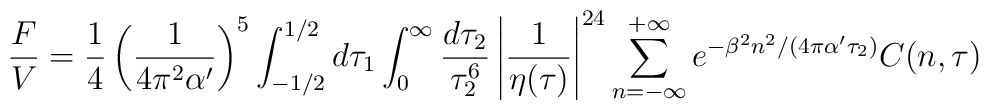
\frac{F}{V}=\frac{1}{4}\left(\frac{1}{4\pi^2\alpha'}\right)^5\int^{1/2}_{-1/2} d\tau_1\int_0^\infty\frac{d\tau_2}{\tau^6_2}\left|\frac{1}{\eta(\tau)}\right|^{24}\sum_{n=-\infty}^{+\infty}e^{-\beta^2 n^2/(4\pi\alpha'\tau_2)} C(n,\tau)